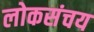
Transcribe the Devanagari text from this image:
लोकसंचय